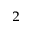
_ 2